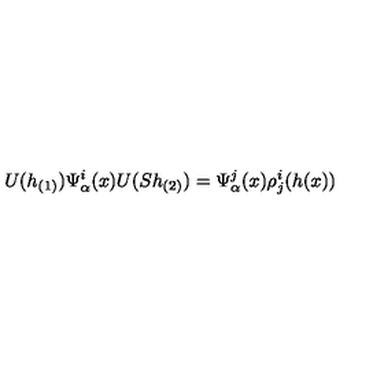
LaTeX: U ( h _ { ( 1 ) } ) \Psi _ { \alpha } ^ { i } ( x ) U ( S h _ { ( 2 ) } ) = \Psi _ { \alpha } ^ { j } ( x ) \rho _ { j } ^ { i } ( h ( x ) )